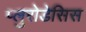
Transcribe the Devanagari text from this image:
प्लुरोडेसिस